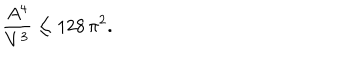
\frac { A ^ { 4 } } { V ^ { 3 } } \le 1 2 8 \, \pi ^ { 2 } .